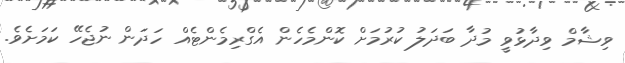
ވިޝާމް ވިދާޅުވީ މުދާ ބަދަލު ކުރުމަށް ކޮންމެހެން އެގްރިމެންޓެއް ހަދަން ނުޖެހޭ ކަމަށެވެ.